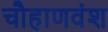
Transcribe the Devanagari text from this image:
चौहाणवंश